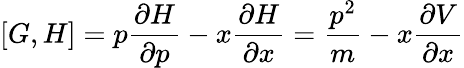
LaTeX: [G,H]=p\frac{\partial H}{\partial p}-x\frac{\partial H}{\partial x}=\frac{p^{2}}{m}-x\frac{\partial V}{\partial x}